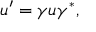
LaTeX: u ^ { \prime } = \gamma u \gamma ^ { * } ,